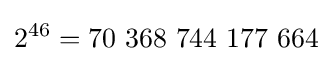
2^{46}=70\ 368\ 744\ 177\ 664